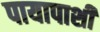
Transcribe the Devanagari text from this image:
पायापाशीं